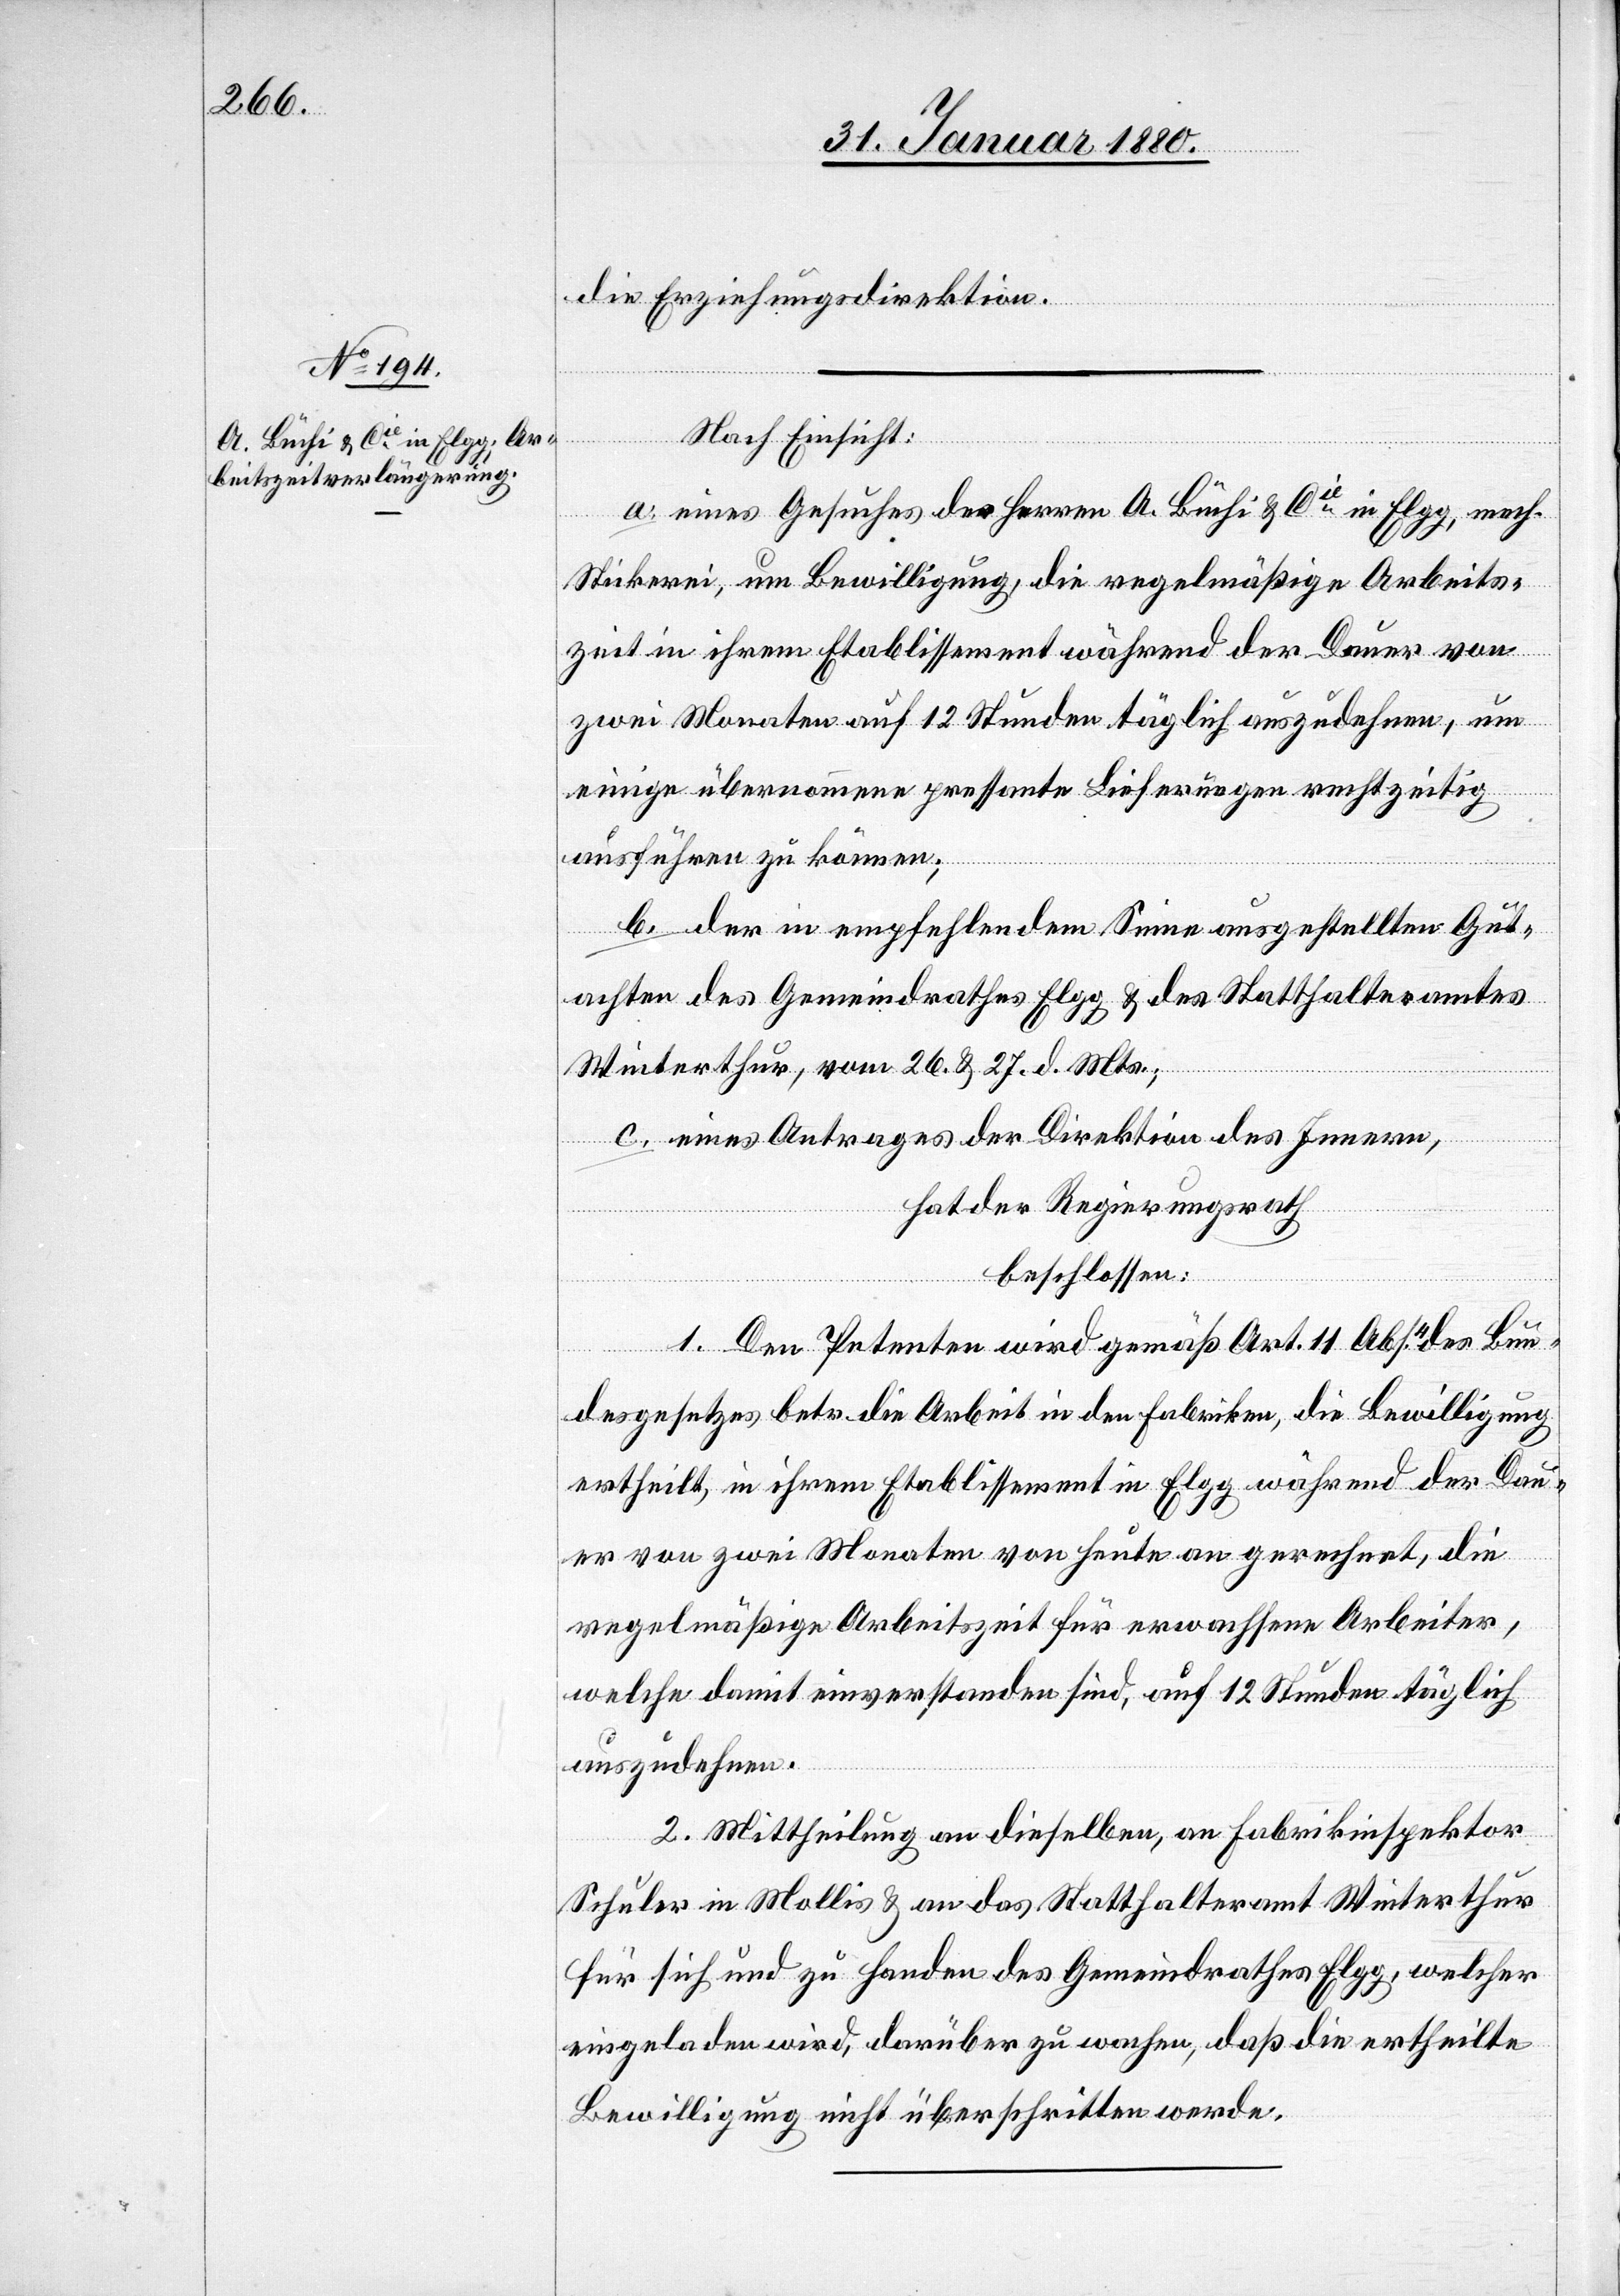
die Erziehungsdirektion.
Nach Einsicht:
a. eines Gesuches der Herren A. Büchi & Cie in Elgg, mech.
Stickerei, um Bewilligung, die regelmäßige Arbeits¬
zeit in ihrem Etablissement während der Dauer von
zwei Monaten auf 12 Stunden täglich auszudehnen, um
einige übernommene pressante Lieferungen rechtzeitig
ausführen zu können;
b. der in empfehlendem Sinne ausgestellten Gut¬
achten des Gemeindrathes Elgg & des Statthalteramtes
Winterthur, vom 26. & 27. d. Mts.,
c. eines Antrages der Direktion des Innern,
hat der Regierungsrath
beschlossen:
1. Den Petenten wird gemäß Art. 11 Abs. 4 des Bun¬
desgesetzes betr. die Arbeit in den Fabriken die Bewilligung
ertheilt, in ihrem Etablissement in Elgg während der Dau¬
er von zwei Monaten von heute an gerechnet, die
regelmäßige Arbeitszeit für erwachsene Arbeiter,
welche damit einverstanden sind, auf 12 Stunden täglich
auszudehnen.
2. Mittheilung an dieselben, an Fabrikinspektor
Schuler in Mollis & an das Statthalteramt Winterthur
für sich und zu Handen des Gemeindrathes Elgg, welcher
eingeladen wird, darüber zu wachen, daß die ertheilte
Bewilligung nicht überschritten werde.